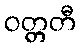
ဝတ္တတီ